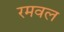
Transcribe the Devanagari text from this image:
रमवल